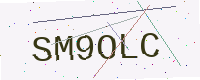
Text: SM9OLC